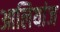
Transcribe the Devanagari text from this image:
आलियांज